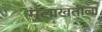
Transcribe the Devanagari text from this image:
मुलाखतीला